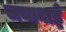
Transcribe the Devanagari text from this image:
जयाबाई